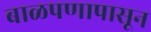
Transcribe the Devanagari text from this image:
बाळपणापासून